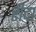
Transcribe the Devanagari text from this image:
रीदा